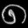
Digit: ၈